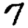
Digit: 7